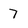
Character: 7